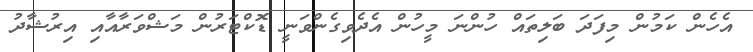
އެހެން ކަމުން މިފަދަ ބަލިތައް ހުންނަ މީހުން އެދެވިގެންވަނީ ޑޮކްޓަރުން މަޝްވަރާއާއި އިރުޝާދު